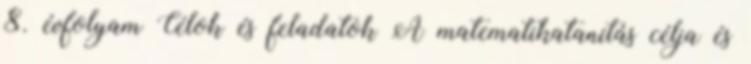
8. évfolyam Célok és feladatok A matematikatanítás célja és